Indian journal of veterinary science and animal husbandry - Volume 10,
Year: 1940
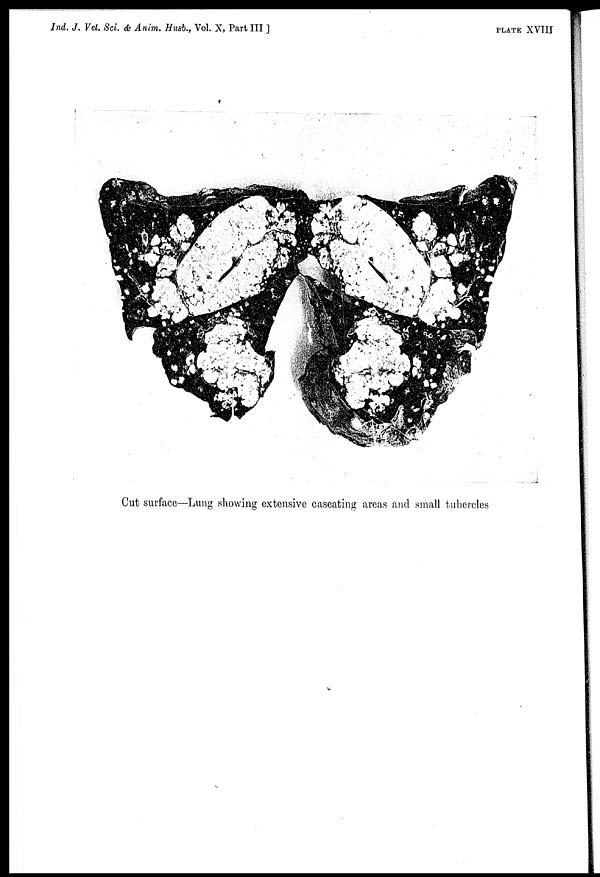
Ind. J. Vet. Sci. & Anim. Husb., Vol. X, Part III ]
PLATE
XVIII
Cut surface—Lung showing extensive caseating areas and small tubercles